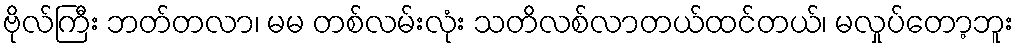
ဗိုလ်ကြီး ဘတ်တလာ၊ မမ တစ်လမ်းလုံး သတိလစ်လာတယ်ထင်တယ်၊ မလှုပ်တော့ဘူး